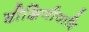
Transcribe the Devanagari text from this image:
दीक्षिणीयादि